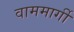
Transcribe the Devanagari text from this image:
वाममार्गी